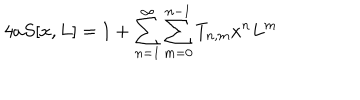
LaTeX: 4 a S [ x , L ] = 1 + \sum _ { n = 1 } ^ { \infty } \sum _ { m = 0 } ^ { n - 1 } T _ { n , m } x ^ { n } L ^ { m }